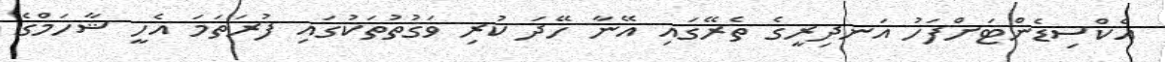
އެކްސިޑެންޓަށްފަހު އަނދިރީގެ ތެރޭގައި އޭނާ ހޭދަ ކުރި ވަގުތުތަކުގައި ފުރަތަމަ އެހީ ޝާހަމްގެ